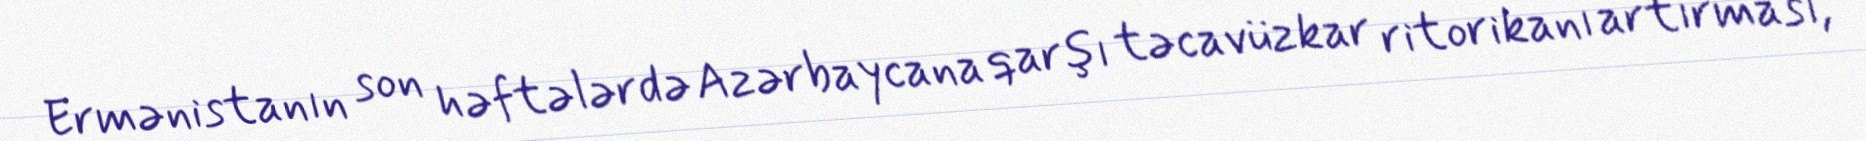
Ermənistanın son həftələrdə Azərbaycana qarşı təcavüzkar ritorikanı artırması,